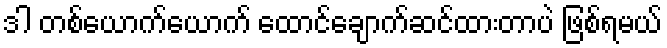
ဒါ တစ်ယောက်ယောက် ထောင်ချောက်ဆင်ထားတာပဲ ဖြစ်ရမယ်